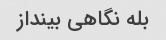
بله نگاهی بینداز